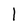
Character: I